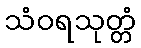
သံဝရသုတ္တံ